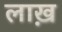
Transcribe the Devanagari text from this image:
लाख़